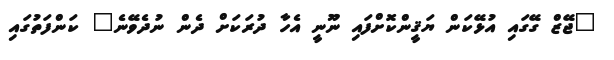
"ޖޭޒް ގޭގައި އުޅޭކަން ޔަޤީންކޮށްފައި ނޫނީ އެހާ ދުރަކަށް ދެން ނުދެވޭނެ" ކަންފަތުގައި